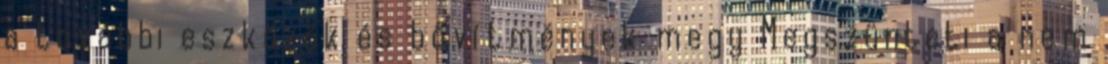
a további eszközök és bővítmények megy Megszünteti a nem